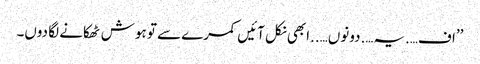
’’اف….یہ….دونوں…..ابھی نکل آئیں کمرے سے تو ہوش ٹھکانے لگا دوں۔